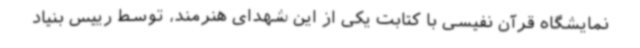
نمایشگاه قرآن نفیسی با کتابت یکی از این شهدای هنرمند، توسط رییس بنیاد